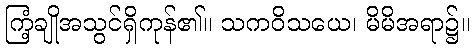
ကြံ့ချိုအသွင်ရှိကုန်၏။ သကဝိသယေ၊ မိမိအရာ၌။